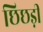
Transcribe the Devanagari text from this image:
छिछड़ी